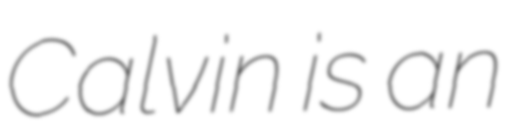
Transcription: Calvin is an